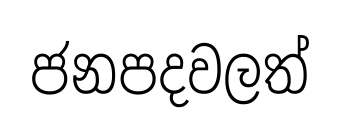
ජනපදවලත්